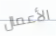
الأعمال